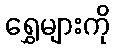
ရွှေများကို